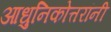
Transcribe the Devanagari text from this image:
आधुनिकोत्तरांनी